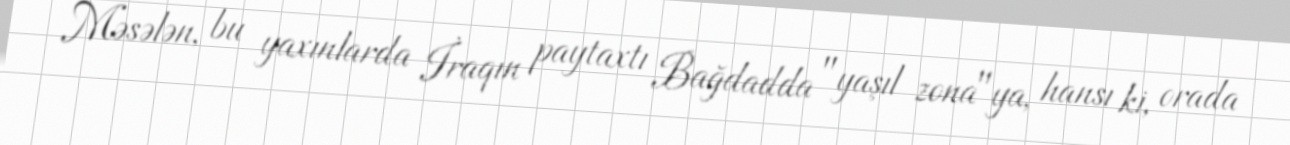
Məsələn, bu yaxınlarda İraqın paytaxtı Bağdadda "yaşıl zona"ya, hansı ki, orada